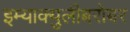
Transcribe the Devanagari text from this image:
इम्‍याक्‍युलीबरोबर